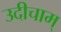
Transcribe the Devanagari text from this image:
उदीचाम्